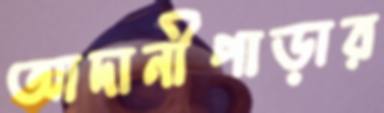
আদানীপাড়ার